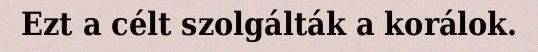
Ezt a célt szolgálták a korálok.